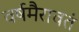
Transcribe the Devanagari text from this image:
वर्षमैरावतं